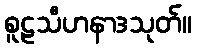
စူဠသီဟနာဒသုတ်။